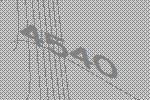
4540